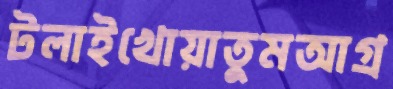
টলাইখোয়াতুমআগ্র